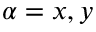
\alpha = x , y